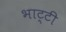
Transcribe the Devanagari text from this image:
भाट्टी